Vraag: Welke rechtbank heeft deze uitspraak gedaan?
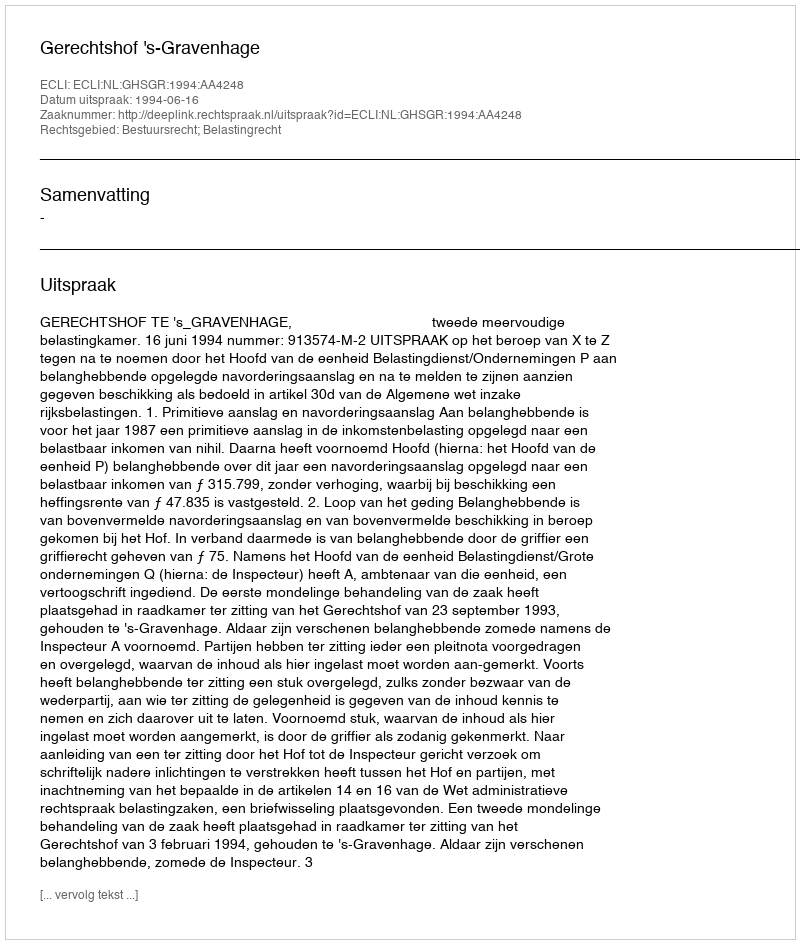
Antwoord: Gerechtshof 's-Gravenhage